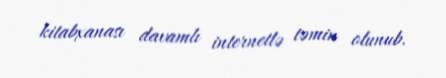
kitabxanası davamlı internetlə təmin olunub.